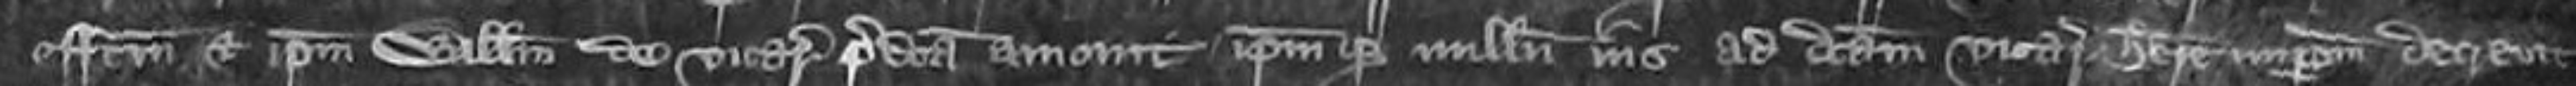
effectum et ipsum Willelmum de vicariam predictam amovit ipsum que nullum ius ad dictam vicariam habere decrevit